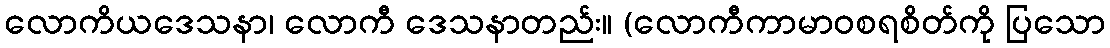
လောကိယဒေသနာ၊ လောကီ ဒေသနာတည်း။ (လောကီကာမာဝစရစိတ်ကို ပြသော